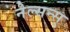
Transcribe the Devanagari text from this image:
नेल्सन्स्